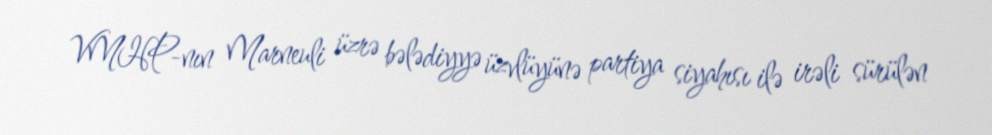
VMHP-nın Marneuli üzrə bələdiyyə üzvlüyünə partiya siyahısı ilə irəli sürülən